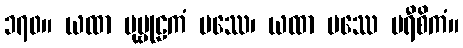
၁၇၀။ ယထာ ပုဗ္ဗုဠကံ ပဿေ၊ ယထာ ပဿေ မရီစိကံ။